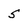
Character: 5